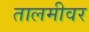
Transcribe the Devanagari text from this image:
तालमीवर